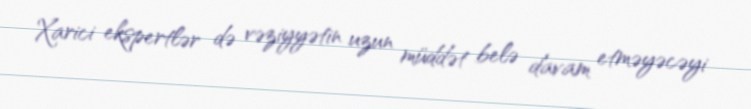
Xarici ekspertlər də vəziyyətin uzun müddət belə davam etməyəcəyi